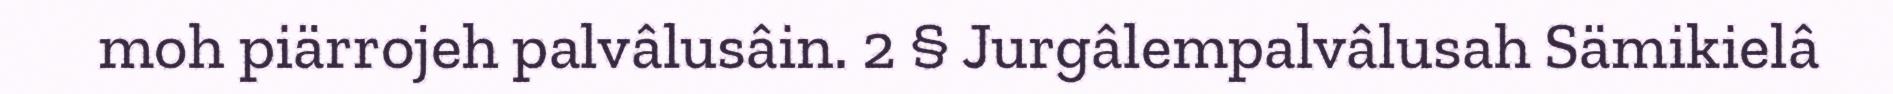
moh piärrojeh palvâlusâin. 2 § Jurgâlempalvâlusah Sämikielâ